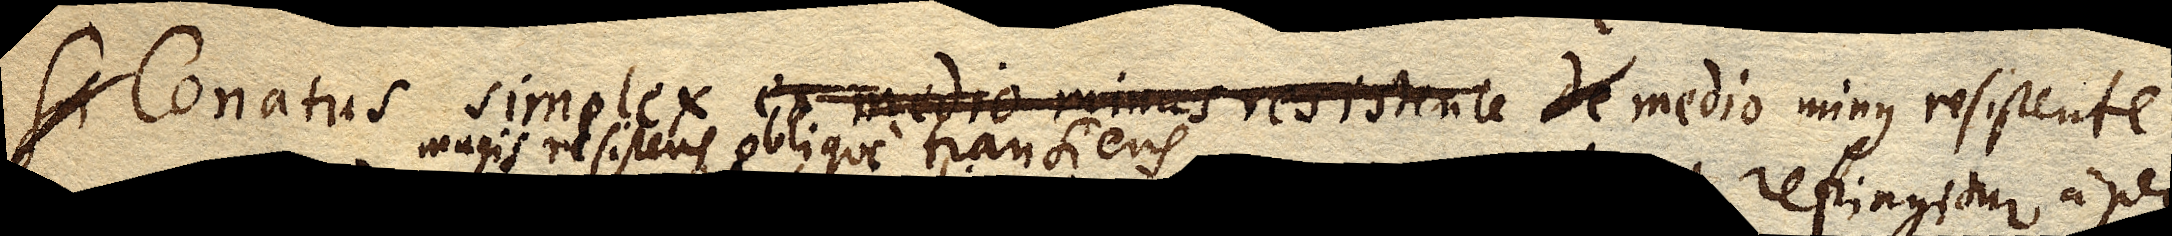
Si Conatus simplex ex medio minus resistente de medio minus resistente